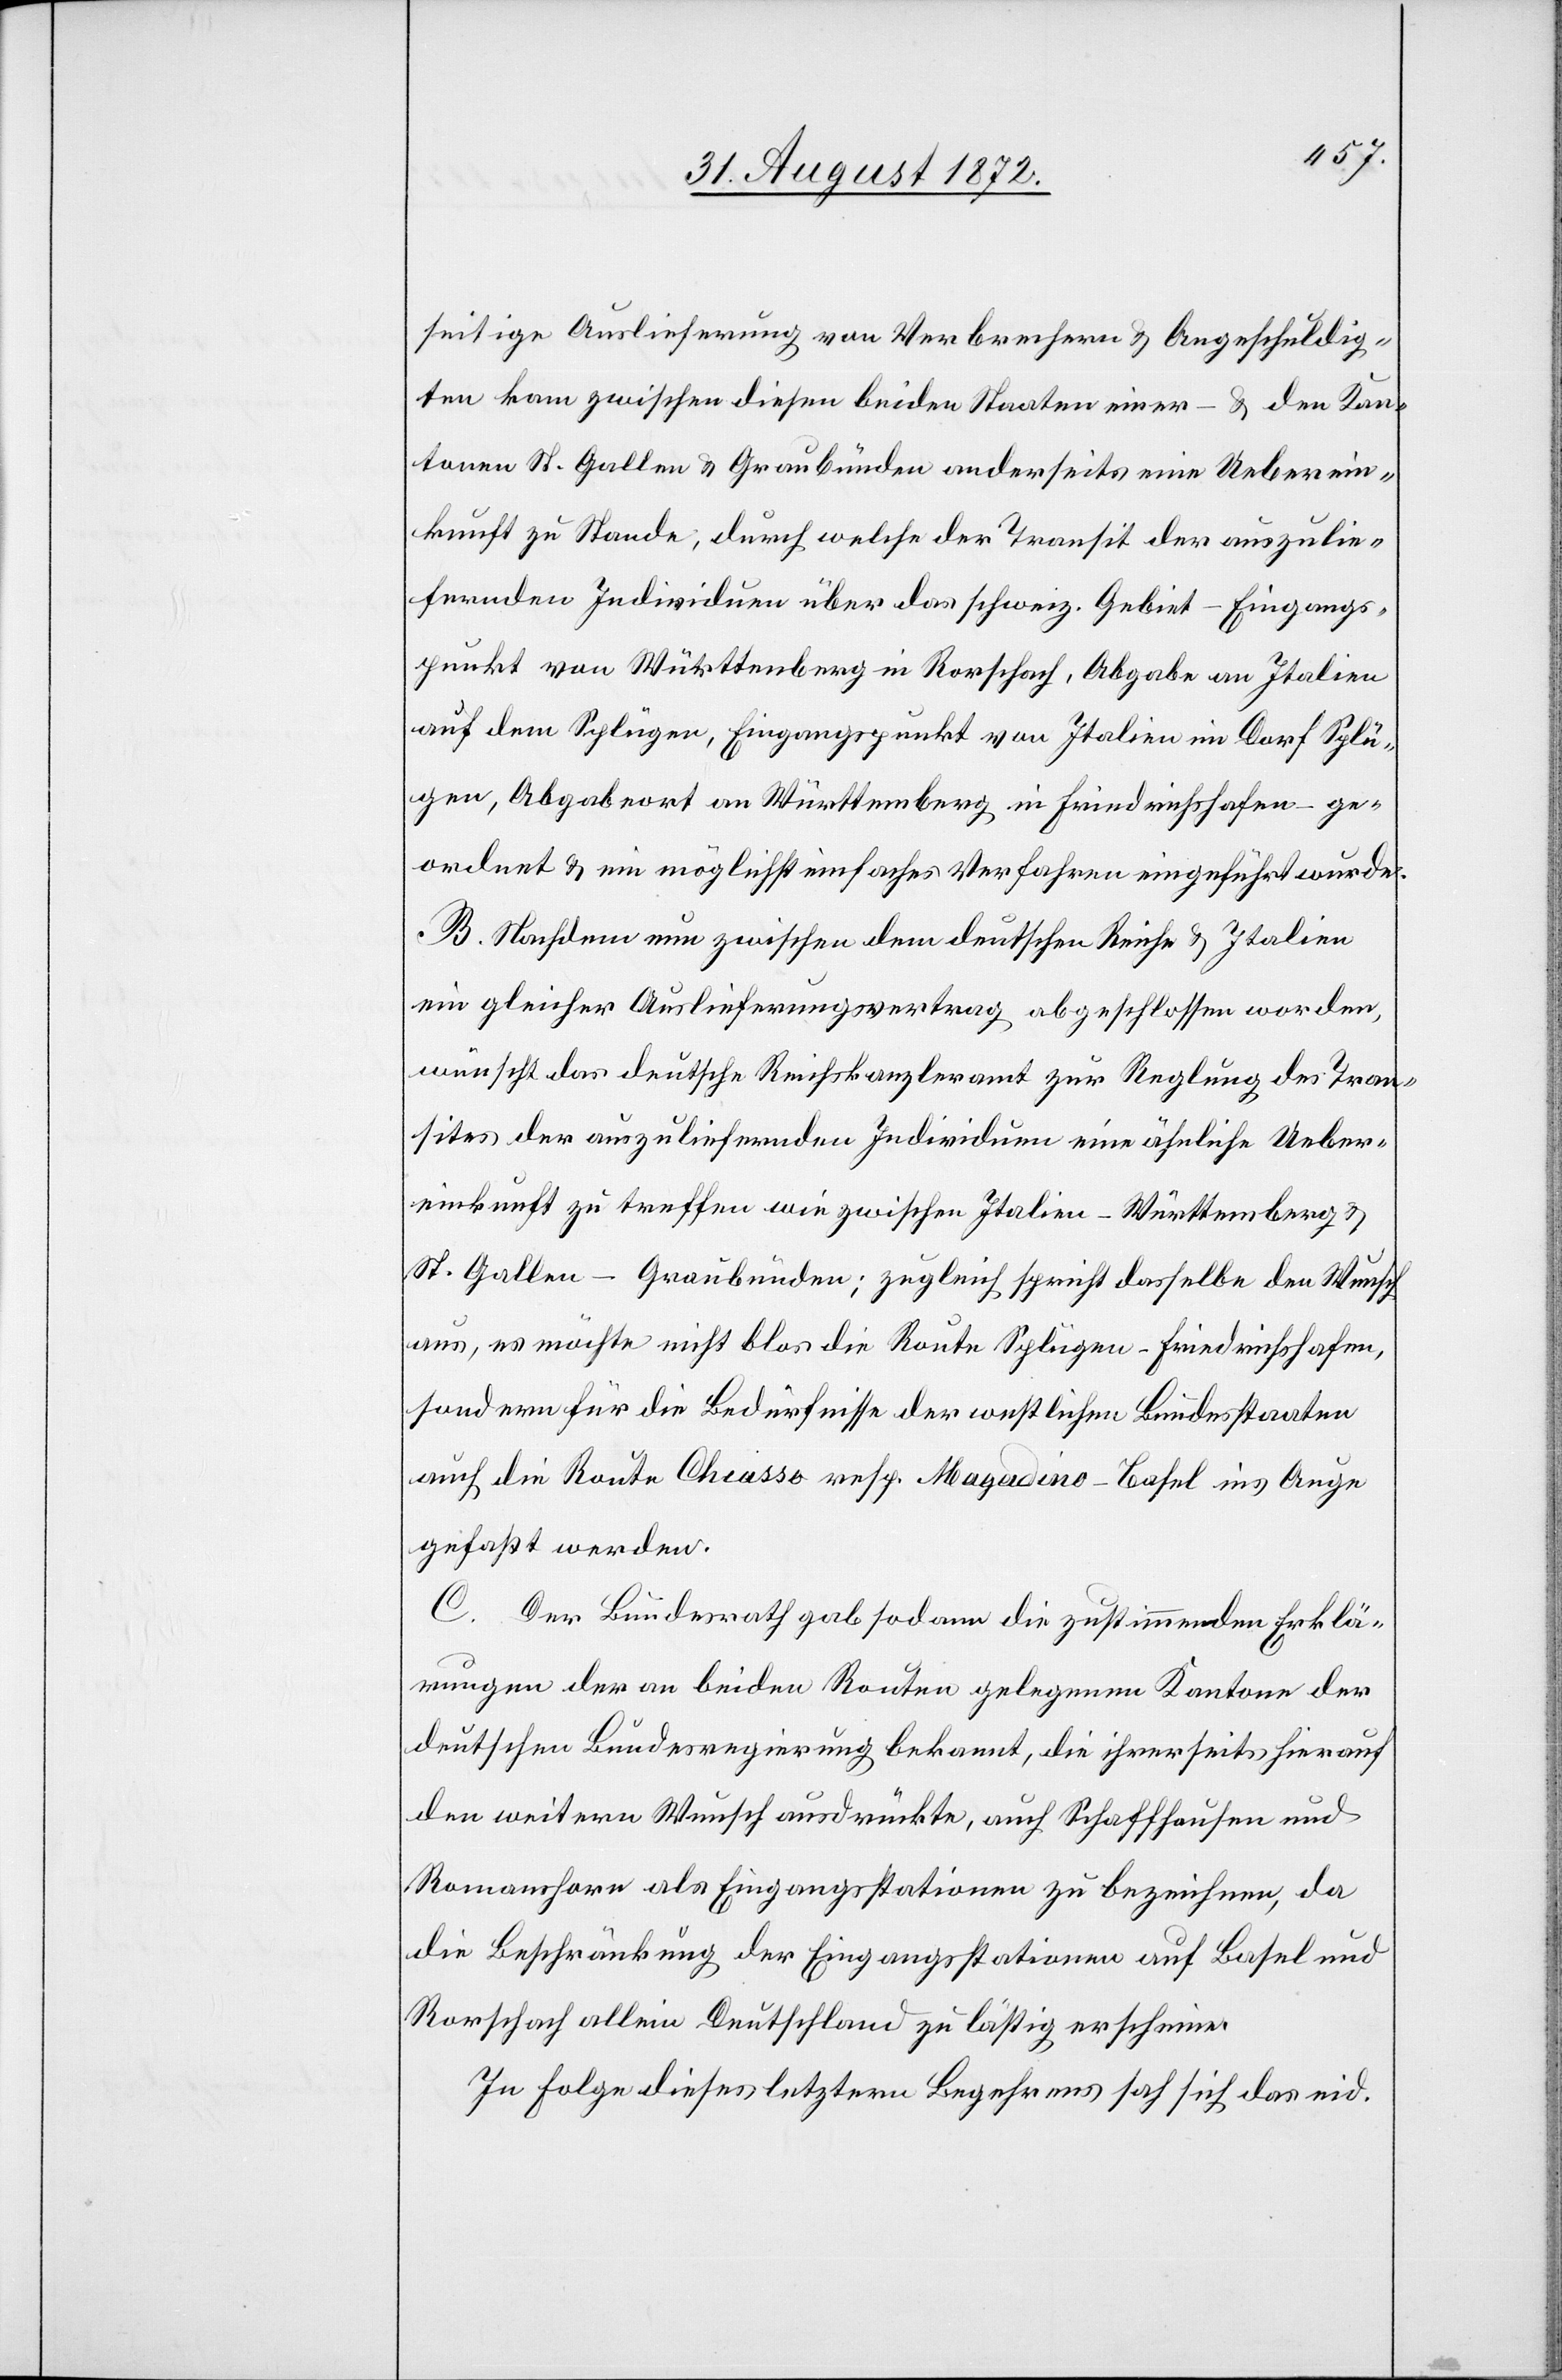
seitige Auslieferung von Verbrechern u. Angeschuldig¬
ten kam zwischen diesen beiden Staaten einer – u. den Kan¬
tonen St. Gallen u. Graubünden anderseits eine Ueberein¬
kunft zu Stande, durch welche der Transit der auszulie¬
fernden Individuen über das schweiz. Gebiet – Eingangs¬
punkt von Württenberg in Rorschach, Abgabe an Italien
auf dem Splügen, Eingangspunkt von Italien im Dorf Splü¬
gen, Abgabeort an Württemberg in Friedrichshafen – ge¬
ordnet u. ein möglichst einfaches Verfahren eingeführt wurde.
B. Nachdem nun zwischen dem deutschen Reiche u. Italien
ein gleicher Auslieferungsvertrag abgeschlossen worden,
wünscht das deutsche Reichskanzleramt zur Reglung des Tran¬
sites der auszuliefernden Individuen eine ähnliche Ueber¬
einkunft zu treffen wie zwischen Italien–Württemberg u.
St. Gallen–Graubünden; zugleich spricht dasselbe den Wunsch
aus, es möchte nicht blos die Route Splügen–Friedrichshafen,
sondern für die Bedürfnisse der westlichen Bundesstaaten
auch die Route Chiasso resp. Magadino–Basel ins Auge
gefaßt werden.
C. Der Bundesrath gab sodann die zustimmenden Erklä¬
rungen der an beiden Routen gelegenen Kantone der
deutschen Bundesregierung bekannt, die ihrerseits hierauf
den weitern Wunsch ausdrückte, auch Schaffhausen und
Romanshorn als Eingangsstationen zu bezeichnen, da
die Beschränkung der Eingangsstationen auf Basel und
Rorschach allein Deutschland zu lästig erscheine.
In Folge dieses letztern Begehrens sah sich das eid.